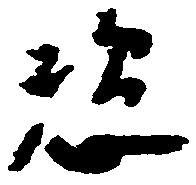
恣